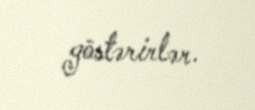
göstərirlər.